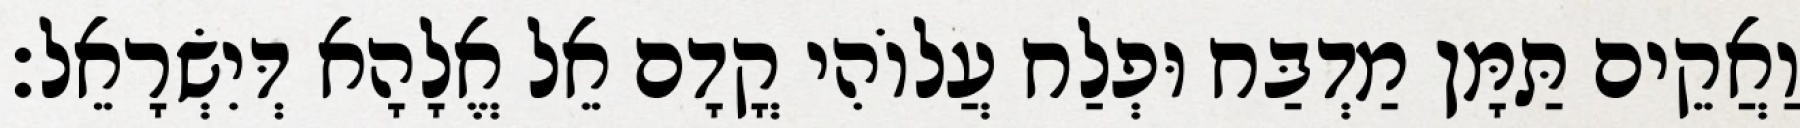
וַאֲקֵים תַּמָּן מַדְבַּח וּפְלַח עֲלוֹהִי קֳדָם אֵל אֱלָהָא דְּיִשְׂרָאֵל׃